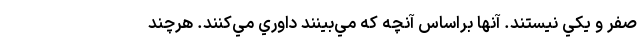
صفر و يكي نيستند. آنها براساس آنچه كه مي‌بينند داوري مي‌كنند. هرچند